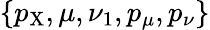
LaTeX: \{ p_{\mathrm{X}},\mu,\nu_{1},p_{\mu},p_{\nu}\}